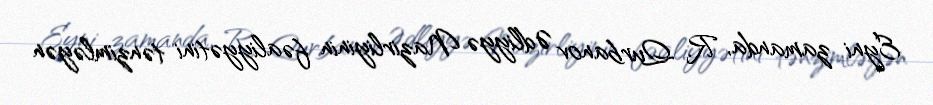
Eyni zamanda, R. Qurbanov Ədliyyə Nazirliyinin fəaliyyətini tənzimləyən